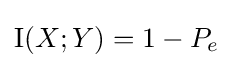
\operatorname {I} (X;Y)=1-P_{e}